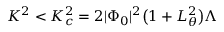
K ^ { 2 } < K _ { c } ^ { 2 } = 2 | \Phi _ { 0 } | ^ { 2 } \big ( 1 + L _ { \theta } ^ { 2 } \big ) \Lambda